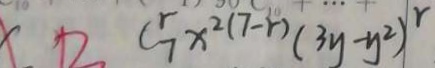
C _ { 7 } ^ { r } x ^ { 2 ( 7 - r ) ( 3 y - y ^ { 2 } ) ^ { r } }